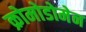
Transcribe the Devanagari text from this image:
क्रोमोडोमेन